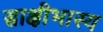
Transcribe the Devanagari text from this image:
साक्षीभास्य